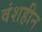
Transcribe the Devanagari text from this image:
वंशहीन